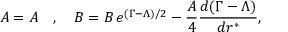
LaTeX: { \cal { A } } = A \quad , \quad { \cal { B } } = B \, e ^ { ( \Gamma - \Lambda ) / 2 } - \frac { A } { 4 } \frac { d ( \Gamma - \Lambda ) } { d r ^ { * } } ,